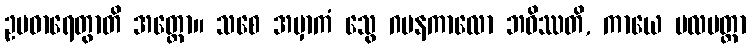
ဥပဓာရေတွာတိ အတ္ထော။ သစေ အမှာကံ သွေ ဂမနကာလော ဘဝိဿတိ, ကာယေ ဗလမတ္တာ